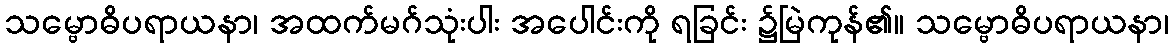
သမ္ဗောဓိပရာယနာ၊ အထက်မဂ်သုံးပါး အပေါင်းကို ရခြင်း ၌မြဲကုန်၏။ သမ္ဗောဓိပရာယနာ၊